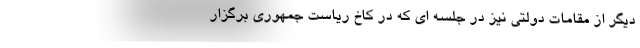
دیگر از مقامات دولتی نیز در جلسه ای که در کاخ ریاست جمهوری برگزار